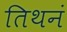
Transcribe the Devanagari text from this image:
तिथनं